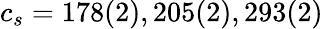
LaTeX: c_{s}=178(2),205(2),293(2)